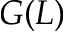
G ( L )